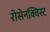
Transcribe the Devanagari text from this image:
रोसेनक्विस्ट